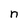
Character: n